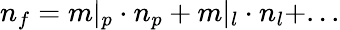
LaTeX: n_{f}=m\vert_{p}\cdot n_{p}+m\vert_{l}\cdot n_{l}+...